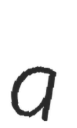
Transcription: a